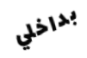
بداخلي